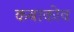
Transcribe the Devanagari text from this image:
कबाकोव